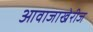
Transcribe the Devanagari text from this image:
आवाजाखेरीज